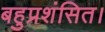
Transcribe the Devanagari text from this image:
बहुप्रशंसित।